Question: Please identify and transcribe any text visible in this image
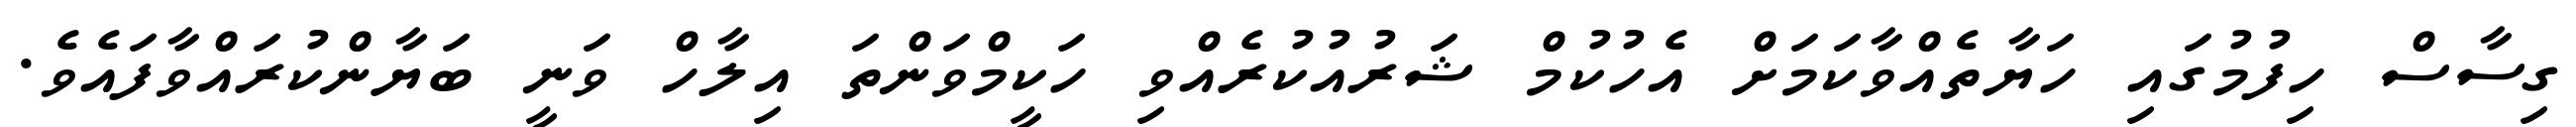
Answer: ގިސާސް ހިފުމުގައި ހަޔާތެއްވާކަމަށް އެހުކުމް ޝަރުއުކުރެއްވި ހަކީމްވަންތަ އިލާހް ވަނީ ބަޔާންކުރައްވާފައެވެ.